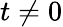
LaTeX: t\neq 0